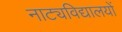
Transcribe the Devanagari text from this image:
नाट्यविद्यालयों